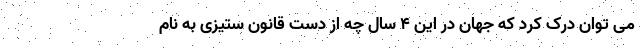
می توان درک کرد که جهان در این 4 سال چه از دست قانون ستیزی به نام